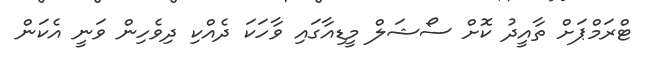
ޓްރަމްޕަށް ތާއީދު ކޮށް ސޯޝަލް މީޑިއާގައި ވާހަކަ ދެއްކި ދިވެހިން ވަނީ އެކަން